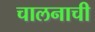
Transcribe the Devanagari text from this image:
चालनाची